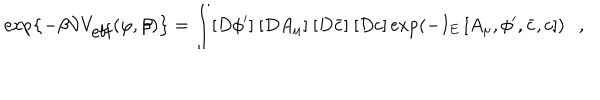
LaTeX: \exp \left\{ - \beta { \cal V } V _ { \mathrm { e f f } } ( \varphi , \beta ) \right\} = \int [ D \phi ^ { \prime } ] ~ [ D A _ { \mu } ] ~ [ D \bar { c } ] ~ [ D c ] \exp \left( - I _ { E } \left[ A _ { \mu } , \phi ^ { \prime } , \bar { c } , c \right] \right) ,